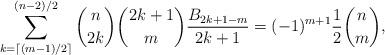
LaTeX: \begin{align*} \sum_{k=\lceil (m-1)/2\rceil}^{(n-2)/2} \binom{n}{2k} \binom{2k+1}{m} \frac{B_{2k+1-m}}{2k+1}=(-1)^{m+1} \frac{1}{2}\binom{n}{m},\end{align*}